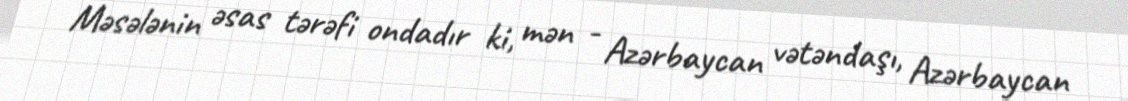
Məsələnin əsas tərəfi ondadır ki, mən - Azərbaycan vətəndaşı, Azərbaycan